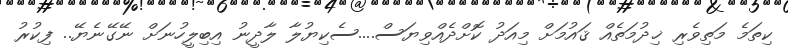
ކިތަމެ މަތިވެރި ޚިދުމަތެއް ޤައުމަށް މިއަދު ކޮށްދެއްވިޔަސް....ސެކިޔުލާ ލާދީނު އިބިލީހުނަށް ނޭގޭނެޔޭ.. ފިކުރު